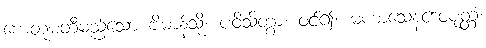
ကေတုမတီမည်သော ဗိမာန်သို့။ ပဝိသိတွာ၊ ဝင်၍။ မဟာသေနံဒေဝပုတ္တံ၊